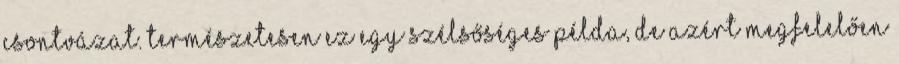
csontvázat. Természetesen ez egy szélsőséges példa, de azért megfelelően